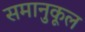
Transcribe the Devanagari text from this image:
समानुकूल